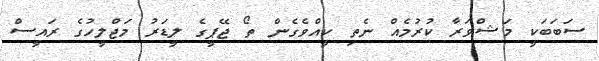
ސަބަބަކީ މަޝްވަރާ ކުރުމެއް ނެތި ކީއްވެގެން ތޯ ޖޭޕީގެ ލީޑަރު މަޖްލީހުގެ ރައީސް